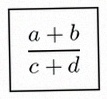
\frac{a+b}{c+d}